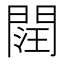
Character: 䦞